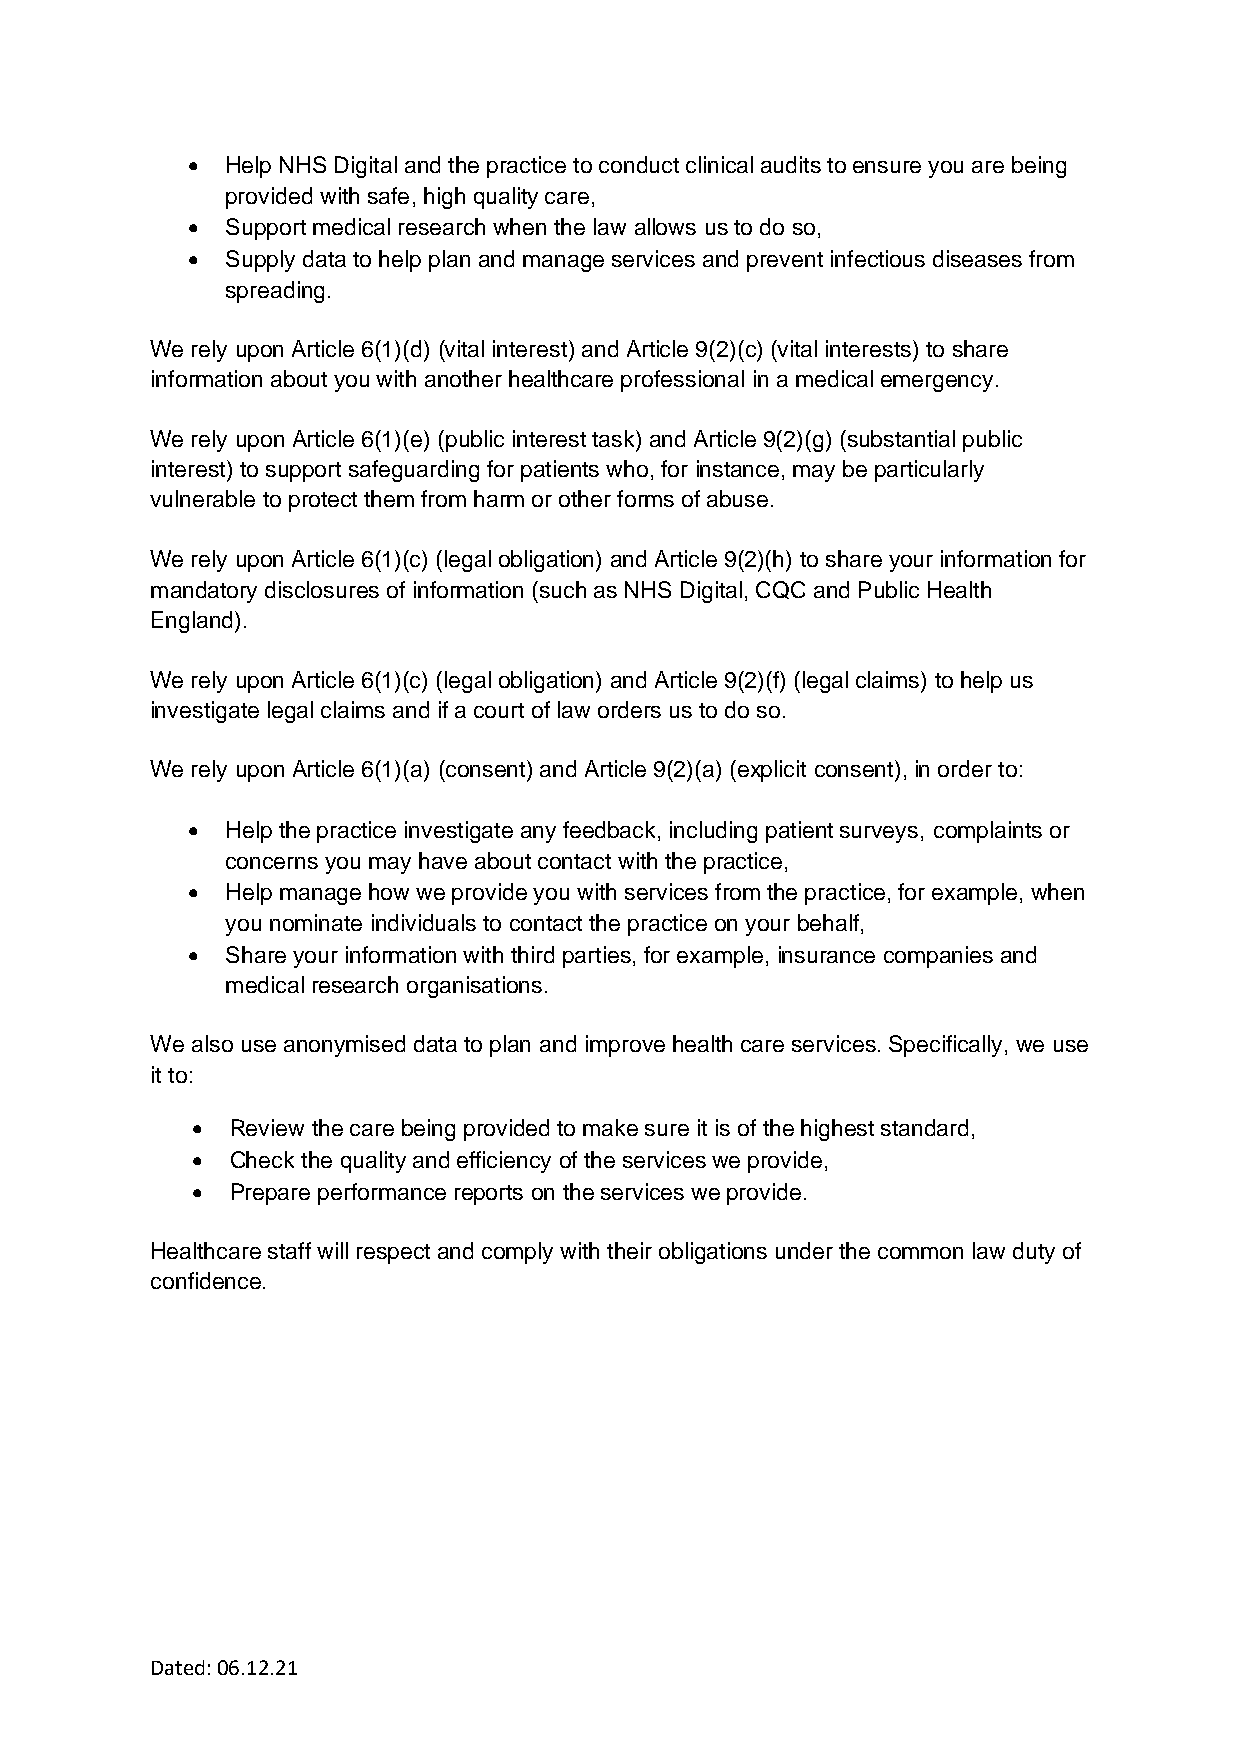
•  Help NHS Digital and the practice to conduct clinical audits to ensure you are being
 provided with safe, high quality care,
 •  Support medical research when the law allows us to do so,
 •  Supply data to help plan and manage services and prevent infectious diseases from
 spreading.
 We rely upon Article 6(1)(d) (vital interest) and Article 9(2)(c) (vital interests) to share
 information about you with another healthcare professional in a medical emergency.
 We rely upon Article 6(1)(e) (public interest task) and Article 9(2)(g) (substantial public
 interest) to support safeguarding for patients who, for instance, may be particularly
 vulnerable to protect them from harm or other forms of abuse.
 We rely upon Article 6(1)(c) (legal obligation) and Article 9(2)(h) to share your information for
 mandatory disclosures of information (such as NHS Digital, CQC and Public Health
 England).
 We rely upon Article 6(1)(c) (legal obligation) and Article 9(2)(f) (legal claims) to help us
 investigate legal claims and if a court of law orders us to do so.
 We rely upon Article 6(1)(a) (consent) and Article 9(2)(a) (explicit consent), in order to:
 •  Help the practice investigate any feedback, including patient surveys, complaints or
 concerns you may have about contact with the practice,
 •  Help manage how we provide you with services from the practice, for example, when
 you nominate individuals to contact the practice on your behalf,
 •  Share your information with third parties, for example, insurance companies and
 medical research organisations.
 We also use anonymised data to plan and improve health care services. Specifically, we use
 it to:
 • Review the care being provided to make sure it is of the highest standard,
 • Check the quality and efficiency of the services we provide,
 • Prepare performance reports on the services we provide.
 Healthcare staff will respect and comply with their obligations under the common law duty of
 confidence.
 Dated: 06.12.21